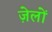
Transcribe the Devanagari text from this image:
ज़ेलों